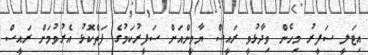
އިޓަލީ ސަފީރު މިހެން ވިދާޅުވީ ރައީސް ޔާމީންއަށް ސަފީރުކަމުގެ ފަތްކޮޅު އެރުވުމަށް ރައީސް